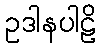
ဥဒါနပါဠိ